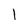
Character: l